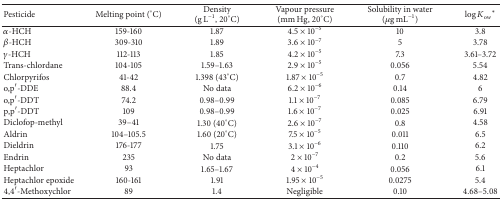
| Pesticide | Melting point (°C) | Density (g L−1, 20°C) | Vapour pressure (mm Hg, 20°C) | Solubility in water (μg mL−1) | log⁡Kow∗ |
 | --- | --- | --- | --- | --- | --- |
 | α-HCH | 159-160 | 1.87 | 4.5 × 10−5 | 10 | 3.8 |
 | β-HCH | 309-310 | 1.89 | 3.6 × 10−7 | 5 | 3.78 |
 | γ-HCH | 112-113 | 1.85 | 4.2 × 10−5 | 7.3 | 3.61–3.72 |
 | Trans-chlordane | 104-105 | 1.59–1.63 | 2.9 × 10−5 | 0.056 | 5.54 |
 | Chlorpyrifos | 41-42 | 1.398 (43°C) | 1.87 × 10−5 | 0.7 | 4.82 |
 | o,p′-DDE | 88.4 | No data | 6.2 × 10−6 | 0.14 | 6 |
 | o,p′-DDT | 74.2 | 0.98–0.99 | 1.1 × 10−7 | 0.085 | 6.79 |
 | p,p′-DDT | 109 | 0.98–0.99 | 1.6 × 10−7 | 0.025 | 6.91 |
 | Diclofop-methyl | 39–41 | 1.30 (40°C) | 2.6 × 10−7 | 0.8 | 4.58 |
 | Aldrin | 104–105.5 | 1.60 (20°C) | 7.5 × 10−5 | 0.011 | 6.5 |
 | Dieldrin | 176-177 | 1.75 | 3.1 × 10−6 | 0.110 | 6.2 |
 | Endrin | 235 | No data | 2 × 10−7 | 0.2 | 5.6 |
 | Heptachlor | 93 | 1.65–1.67 | 4 × 10−4 | 0.056 | 6.1 |
 | Heptachlor epoxide | 160-161 | 1.91 | 1.95 × 10−5 | 0.0275 | 5.4 |
 | 4,4′-Methoxychlor | 89 | 1.4 | Negligible | 0.10 | 4.68–5.08 |